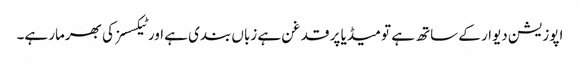
اپوزیشن دیوار کے ساتھ ہے تو میڈیا پر قدغن ہے زباں بندی ہے اور ٹیکسسز کی بھرمار ہے۔